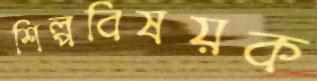
শিল্পবিষয়ক